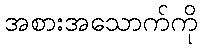
အစားအသောက်ကို